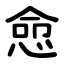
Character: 㥐